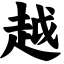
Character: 越